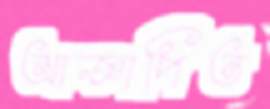
আজ্ঞাপিত